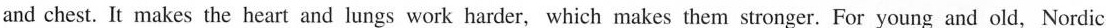
and chest. It makes the heart and lungs work harder, which makes them stronger. For young and old, Nordic